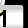
Digit: 1